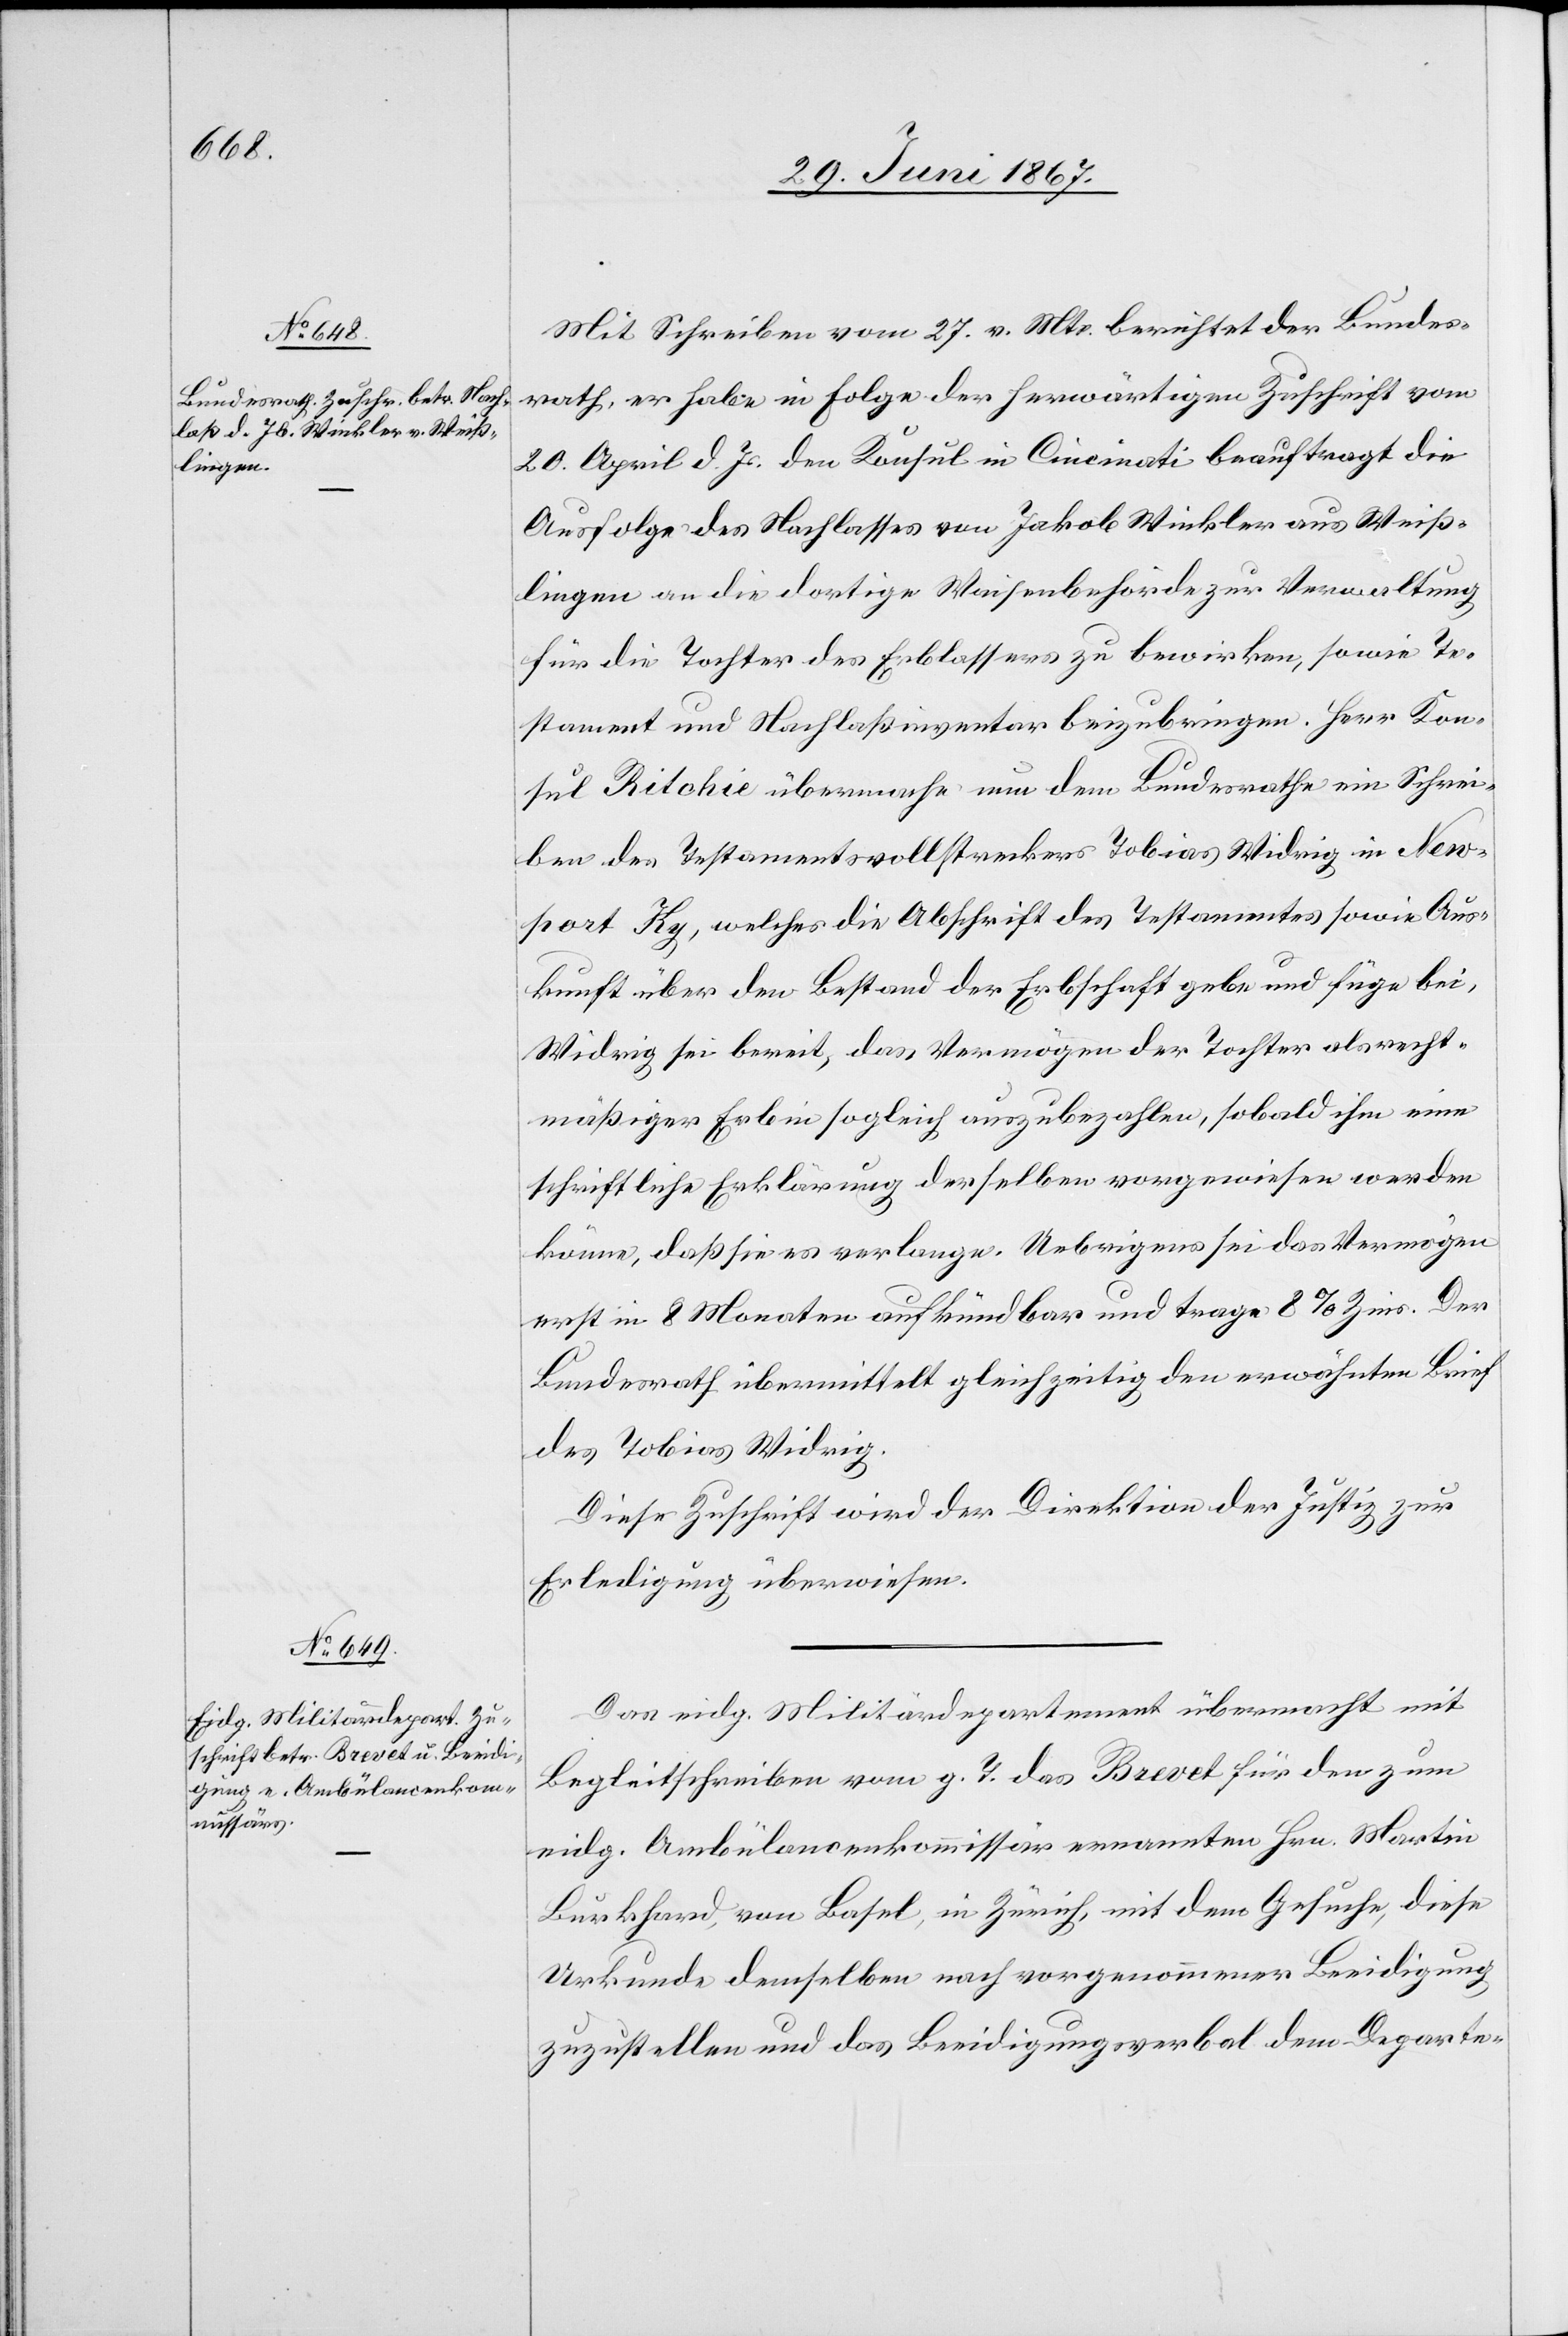
3. Juli 1867.]
Mit Schreiben vom 27. v. Mts. berichtet der Bundes¬
rath, er habe in Folge der herwärtigen Zuschrift vom
20. April d. Js. den Konsul in Cincinati beauftragt die
Ausfolge des Nachlasses von Jakob Winkler aus Weiß¬
lingen an die dortige Waisenbehörde zur Verwaltung
für die Tochter des Erblassers zu bewirken, sowie Te¬
stament und Nachlaßinventar beizubringen. Herr Kon¬
sul Ritchie übermache nun dem Bundesrathe ein Schrei¬
ben des Testamentsvollstreckers Tobias Widrig in New¬
port Ky, welches die Abschrift des Testaments sowie Aus¬
kunft über den Bestand der Erbschaft gebe und füge bei,
Widrig sei bereit, das Vermögen der Tochter als recht¬
mäßiger Erbin sogleich auszubezahlen, sobald ihm eine
schriftliche Erklärung derselben vorgewiesen werden
könne, daß sie es verlange. Uebrigens sei das Vermögen
erst in 8 Monaten aufkündbar und trage 8 % Zins. Der
Bundesrath übermittelt gleichzeitig den erwähnten Brief
des Tobias Widrig.
Diese Zuschrift wird der Direktion der Justiz zur
Erledigung überwiesen.
Das eidg. Militärdepartement übermacht mit
Begleitschreiben vom g. T. das Brevet für den zum
eidg. Ambülancenkommissair ernannten Hrn. Martin
Burkhard, von Basel, in Zürich, mit dem Gesuche, diese
Urkunde demselben nach vorgenommener Beeidigung
zuzustellen und das Beeidigungsverbal dem Departe-